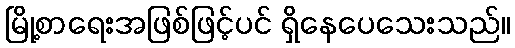
မြို့စာရေးအဖြစ်ဖြင့်ပင် ရှိနေပေသေးသည်။